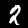
Label: 2